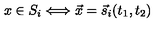
x \in S _ { i } \Longleftrightarrow \vec { x } = \vec { s } _ { i } ( t _ { 1 } , t _ { 2 } )